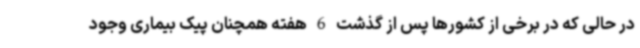
در حالی که در برخی از کشورها پس از گذشت 6 هفته همچنان پیک بیماری وجود